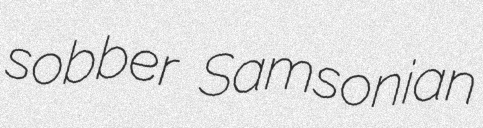
sobber Samsonian